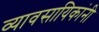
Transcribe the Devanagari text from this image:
व्यावसायिकांनी